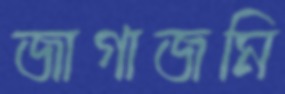
জাগাজমি